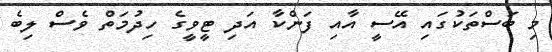
މި ބަސްތަކުގައި އޭސީ އާއި ފަންކާ އަދި ޓީވީގެ ހިދުމަތް ވެސް ލިބެ